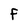
Character: F